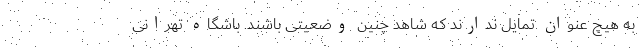
به هیچ عنوان تمایل ندارند که شاهد چنین وضعیتی باشند. باشگاه تهرانی